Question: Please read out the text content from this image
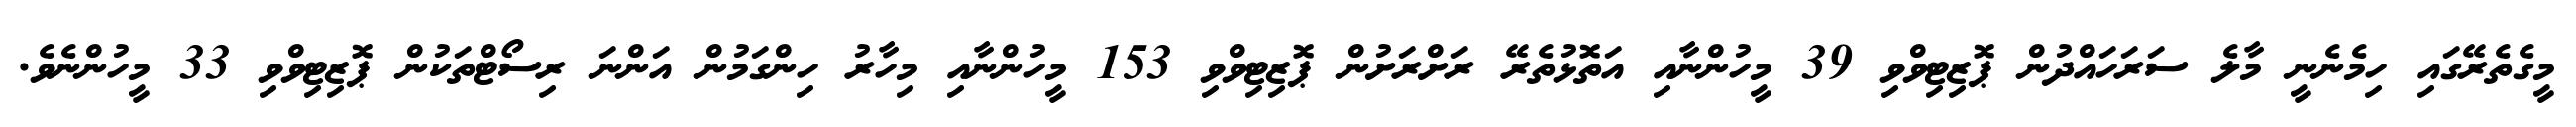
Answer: މީގެތެރޭގައި ހިމެނެނީ މާލެ ސަރަހައްދުން ޕޮޒިޓިވްވި 39 މީހުންނާއި އަތޮޅުތެރޭ ރަށްރަށުން ޕޮޒިޓިވްވި 153 މީހުންނާއި މިހާރު ހިންގަމުން އަންނަ ރިސޯޓްތަކުން ޕޮޒިޓިވްވި 33 މީހުންނެވެ.